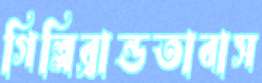
গিল্লিব্রান্ডতাবাস